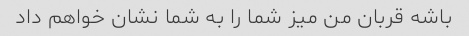
باشه قربان من میز شما را به شما نشان خواهم داد